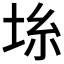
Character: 𡋔